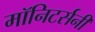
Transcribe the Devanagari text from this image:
मॉनिटर्सनी